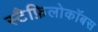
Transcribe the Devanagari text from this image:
स्टैफ़िलोकॉबस